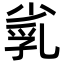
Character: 𡮑